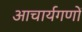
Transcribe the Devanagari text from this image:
आचार्यगणों